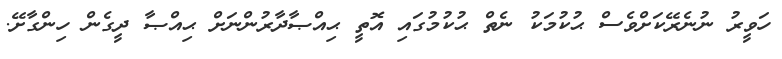
ހަވީރު ނުނެރޭކަށްވެސް ޙުކުމަކު ނެތް ޙުކުމުގައި އޮތީ ޙިއްޞާދާރުންނަށް ޙިއްޞާ ދީގެން ހިންގާށޭ.